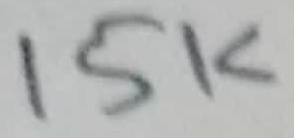
Text: 15K